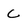
Character: C